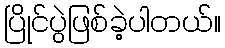
ပြိုင်ပွဲဖြစ်ခဲ့ပါတယ်။